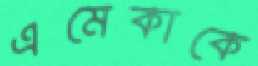
এমেকাকে